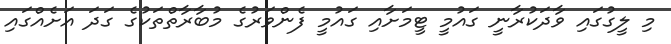
މި ލީގުގައި ވާދަކުރާނީ ގައުމީ ޓީމަށާއި ގައުމީ ފެންވަރުގެ މުބާރާތްތަކުގެ ގަދަ އަށެއްގައި